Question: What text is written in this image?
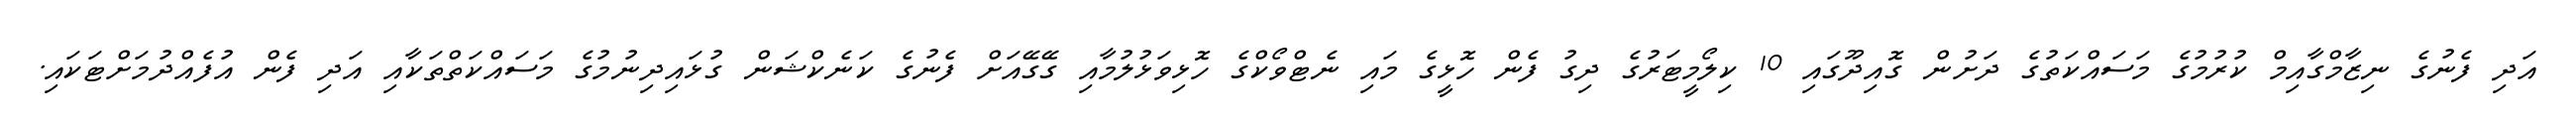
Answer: އަދި ފެނުގެ ނިޒާމްގާއިމް ކުރުމުގެ މަސައްކަތުގެ ދަށުން ގޮއިދޫގައި 10 ކިލޯމީޓަރުގެ ދިގު ފެން ހޮޅީގެ މައި ނެޓްވޯކްގެ ހޮޅިވަޅުލުމާއި ގޭގޭއަށް ފެނުގެ ކަނެކްޝަން ގުޅައިދިނުމުގެ މަސައްކަތްތަކާއި އަދި ފެން އުފެއްދުމަށްޓަކައި.